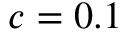
c = 0 . 1